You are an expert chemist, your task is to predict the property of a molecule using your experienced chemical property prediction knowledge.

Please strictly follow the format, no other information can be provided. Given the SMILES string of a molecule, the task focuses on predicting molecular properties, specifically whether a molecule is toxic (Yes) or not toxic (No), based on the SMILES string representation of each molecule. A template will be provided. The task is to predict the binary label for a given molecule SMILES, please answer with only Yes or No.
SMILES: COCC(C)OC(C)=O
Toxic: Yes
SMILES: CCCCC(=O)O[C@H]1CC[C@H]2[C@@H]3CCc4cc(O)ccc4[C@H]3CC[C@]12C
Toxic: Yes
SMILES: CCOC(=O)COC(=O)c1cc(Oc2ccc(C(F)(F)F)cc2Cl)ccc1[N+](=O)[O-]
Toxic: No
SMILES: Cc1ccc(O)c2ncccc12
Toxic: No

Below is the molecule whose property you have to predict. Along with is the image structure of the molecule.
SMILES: C=CC(C)(O)CCCC(C)CCCC(C)CCCC(C)C
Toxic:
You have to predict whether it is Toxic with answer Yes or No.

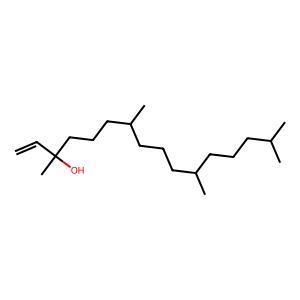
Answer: No